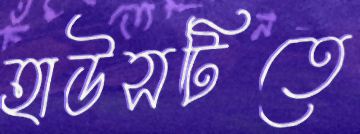
হাউসটিতে